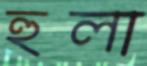
হুলা